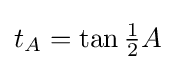
t_{A}=\tan {\tfrac {1}{2}}A